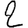
Digit: 2